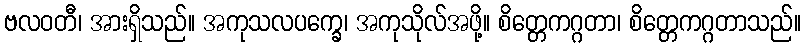
ဗလဝတီ၊ အားရှိသည်။ အကုသလပက္ခေ၊ အကုသိုလ်အဖို့။ စိတ္တေကဂ္ဂတာ၊ စိတ္တေကဂ္ဂတာသည်။